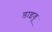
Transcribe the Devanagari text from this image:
डाइवू